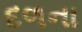
દળના